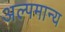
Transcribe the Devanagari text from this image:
अल्पमान्य